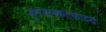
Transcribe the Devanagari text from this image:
कुण्डलकटकादयः